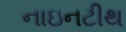
નાઇનટીથ